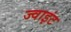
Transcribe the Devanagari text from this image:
ज्‍वाइंट